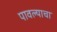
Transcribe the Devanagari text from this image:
पावल्याचा